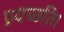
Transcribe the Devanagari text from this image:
प्रयच्छति।